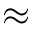
\approx